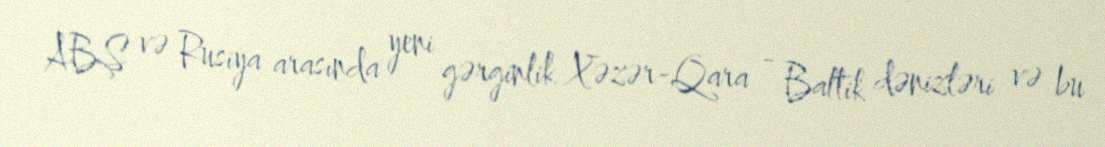
ABŞ və Rusiya arasında yeni gərginlik Xəzər-Qara - Baltik dənizləri və bu